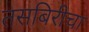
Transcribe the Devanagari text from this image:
तसबिरीचा